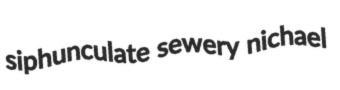
siphunculate sewery nichael